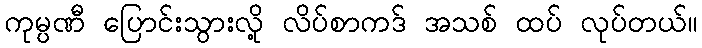
ကုမ္ပဏီ ပြောင်းသွားလို့ လိပ်စာကဒ် အသစ် ထပ် လုပ်တယ်။